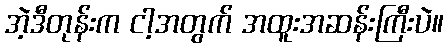
အဲ့ဒီတုန်းက ငါ့အတွက် အထူးအဆန်းကြီးပဲ။